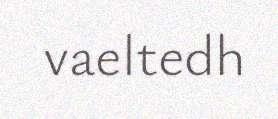
vaeltedh